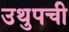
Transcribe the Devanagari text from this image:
उथुपची